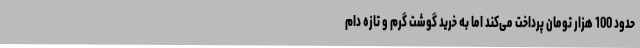
حدود 100 هزار تومان پرداخت می‌کند اما به خرید گوشت گرم و تازه‌ دام